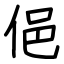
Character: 俋